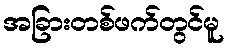
အခြားတစ်ဖက်တွင်မူ